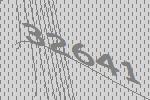
32641